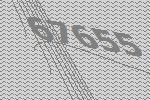
67655